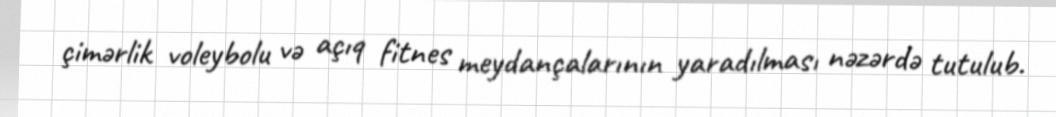
çimərlik voleybolu və açıq fitnes meydançalarının yaradılması nəzərdə tutulub.